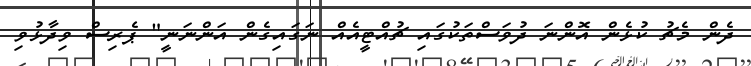
ދެން މެޗު ކުޅެން އޮންނަ ދުވަސްތަކުގައި ޗުއްޓީއެއް ނަގައިގެން އަންނަނީ" ޕެރިސް ވިދާޅުވި